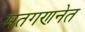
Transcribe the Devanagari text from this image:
मतगणनेत